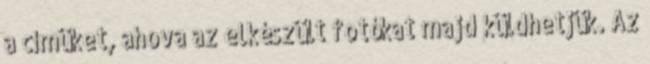
a címüket, ahova az elkészült fotókat majd küldhetjük. Az